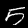
Digit: 5